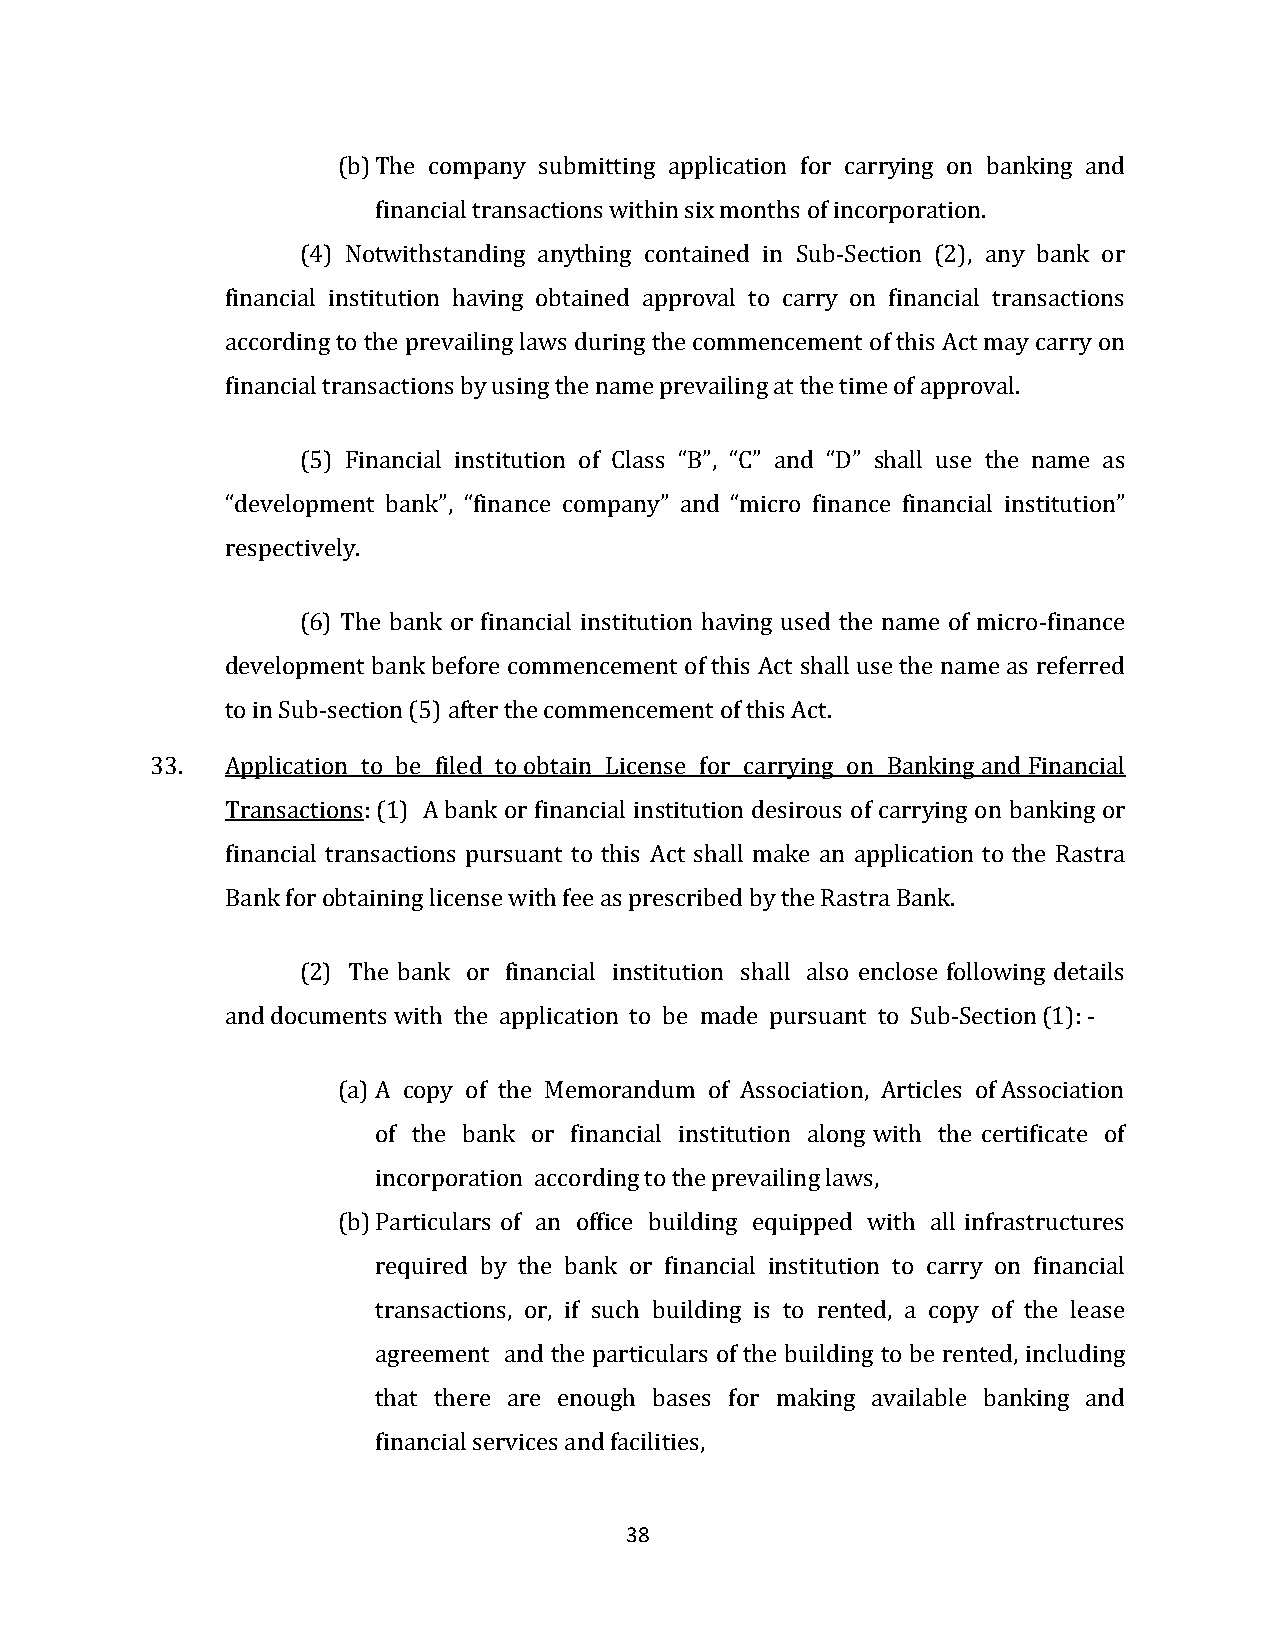
(b) The company submitting application for carrying on banking and
 financial transactions within six months of incorporation.
 (4) Notwithstanding anything contained in Sub-Section (2), any bank or
 financial institution having obtained approval to carry on financial transactions
 according to the prevailing laws during the commencement of this Act may carry on
 financial transactions by using the name prevailing at the time of approval.
 (5) Financial institution of Class “B”, “C” and “D” shall use the name as
 “development bank”, “finance company” and “micro finance financial institution”
 respectively.
 (6) The bank or financial institution having used the name of micro-finance
 development bank before commencement of this Act shall use the name as referred
 to in Sub-section (5) after the commencement of this Act.
 33.  Application to be filed to obtain License for carrying on Banking and Financial
 Transactions: (1) A bank or financial institution desirous of carrying on banking or
 financial transactions pursuant to this Act shall make an application to the Rastra
 Bank for obtaining license with fee as prescribed by the Rastra Bank.
 (2) The bank or financial institution shall also enclose following details
 and documents with the application to be made pursuant to Sub-Section (1): -
 (a) A copy of the Memorandum of Association, Articles of Association
 of the bank or financial institution along with the certificate of
 incorporation according to the prevailing laws,
 (b) Particulars of an office building equipped with all infrastructures
 required by the bank or financial institution to carry on financial
 transactions, or, if such building is to rented, a copy of the lease
 agreement and the particulars of the building to be rented, including
 that there are enough bases for making available banking and
 financial services and facilities,
 38